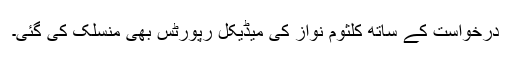
درخواست کے ساتھ کلثوم نواز کی میڈیکل رپورٹس بھی منسلک کی گئی۔